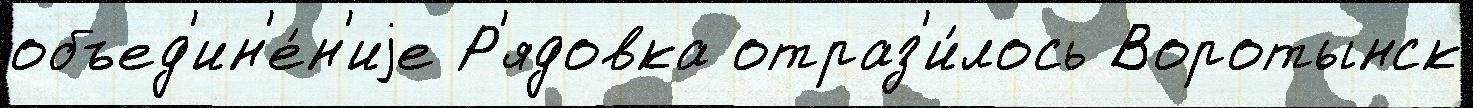
объед'ин'е́н'иjе Р'ядовка отраз'и́лось Воротынск